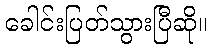
ခေါင်းပြတ်သွားပြီဆို။